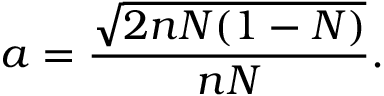
a = \frac { \sqrt { 2 n N ( 1 - N ) } } { n N } .